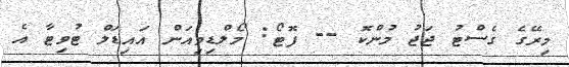
މިރޭގެ ގެސްޓު ޖަޖު މުންކޮ -- ފޮޓޯ: މޯލްޑިވިއަން އައިޑަލް ޓުވިޓާ އެ